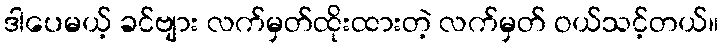
ဒါပေမယ့် ခင်ဗျား လက်မှတ်ထိုးထားတဲ့ လက်မှတ် ဝယ်သင့်တယ်။